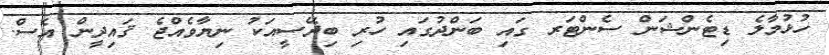
ހުޅުމާލެ ޑިޓެންޝަން ސެންޓަރ ގައި ބަންދުގައި ހުރި ބިދޭސީއަކު ނިޔާވެއްޖެ ޤައިދީން އެސް.